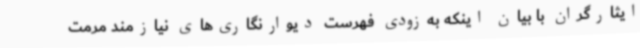
ایثارگران با بیان اینکه به‌زودی فهرست دیوارنگاری‌های نیازمند مرمت